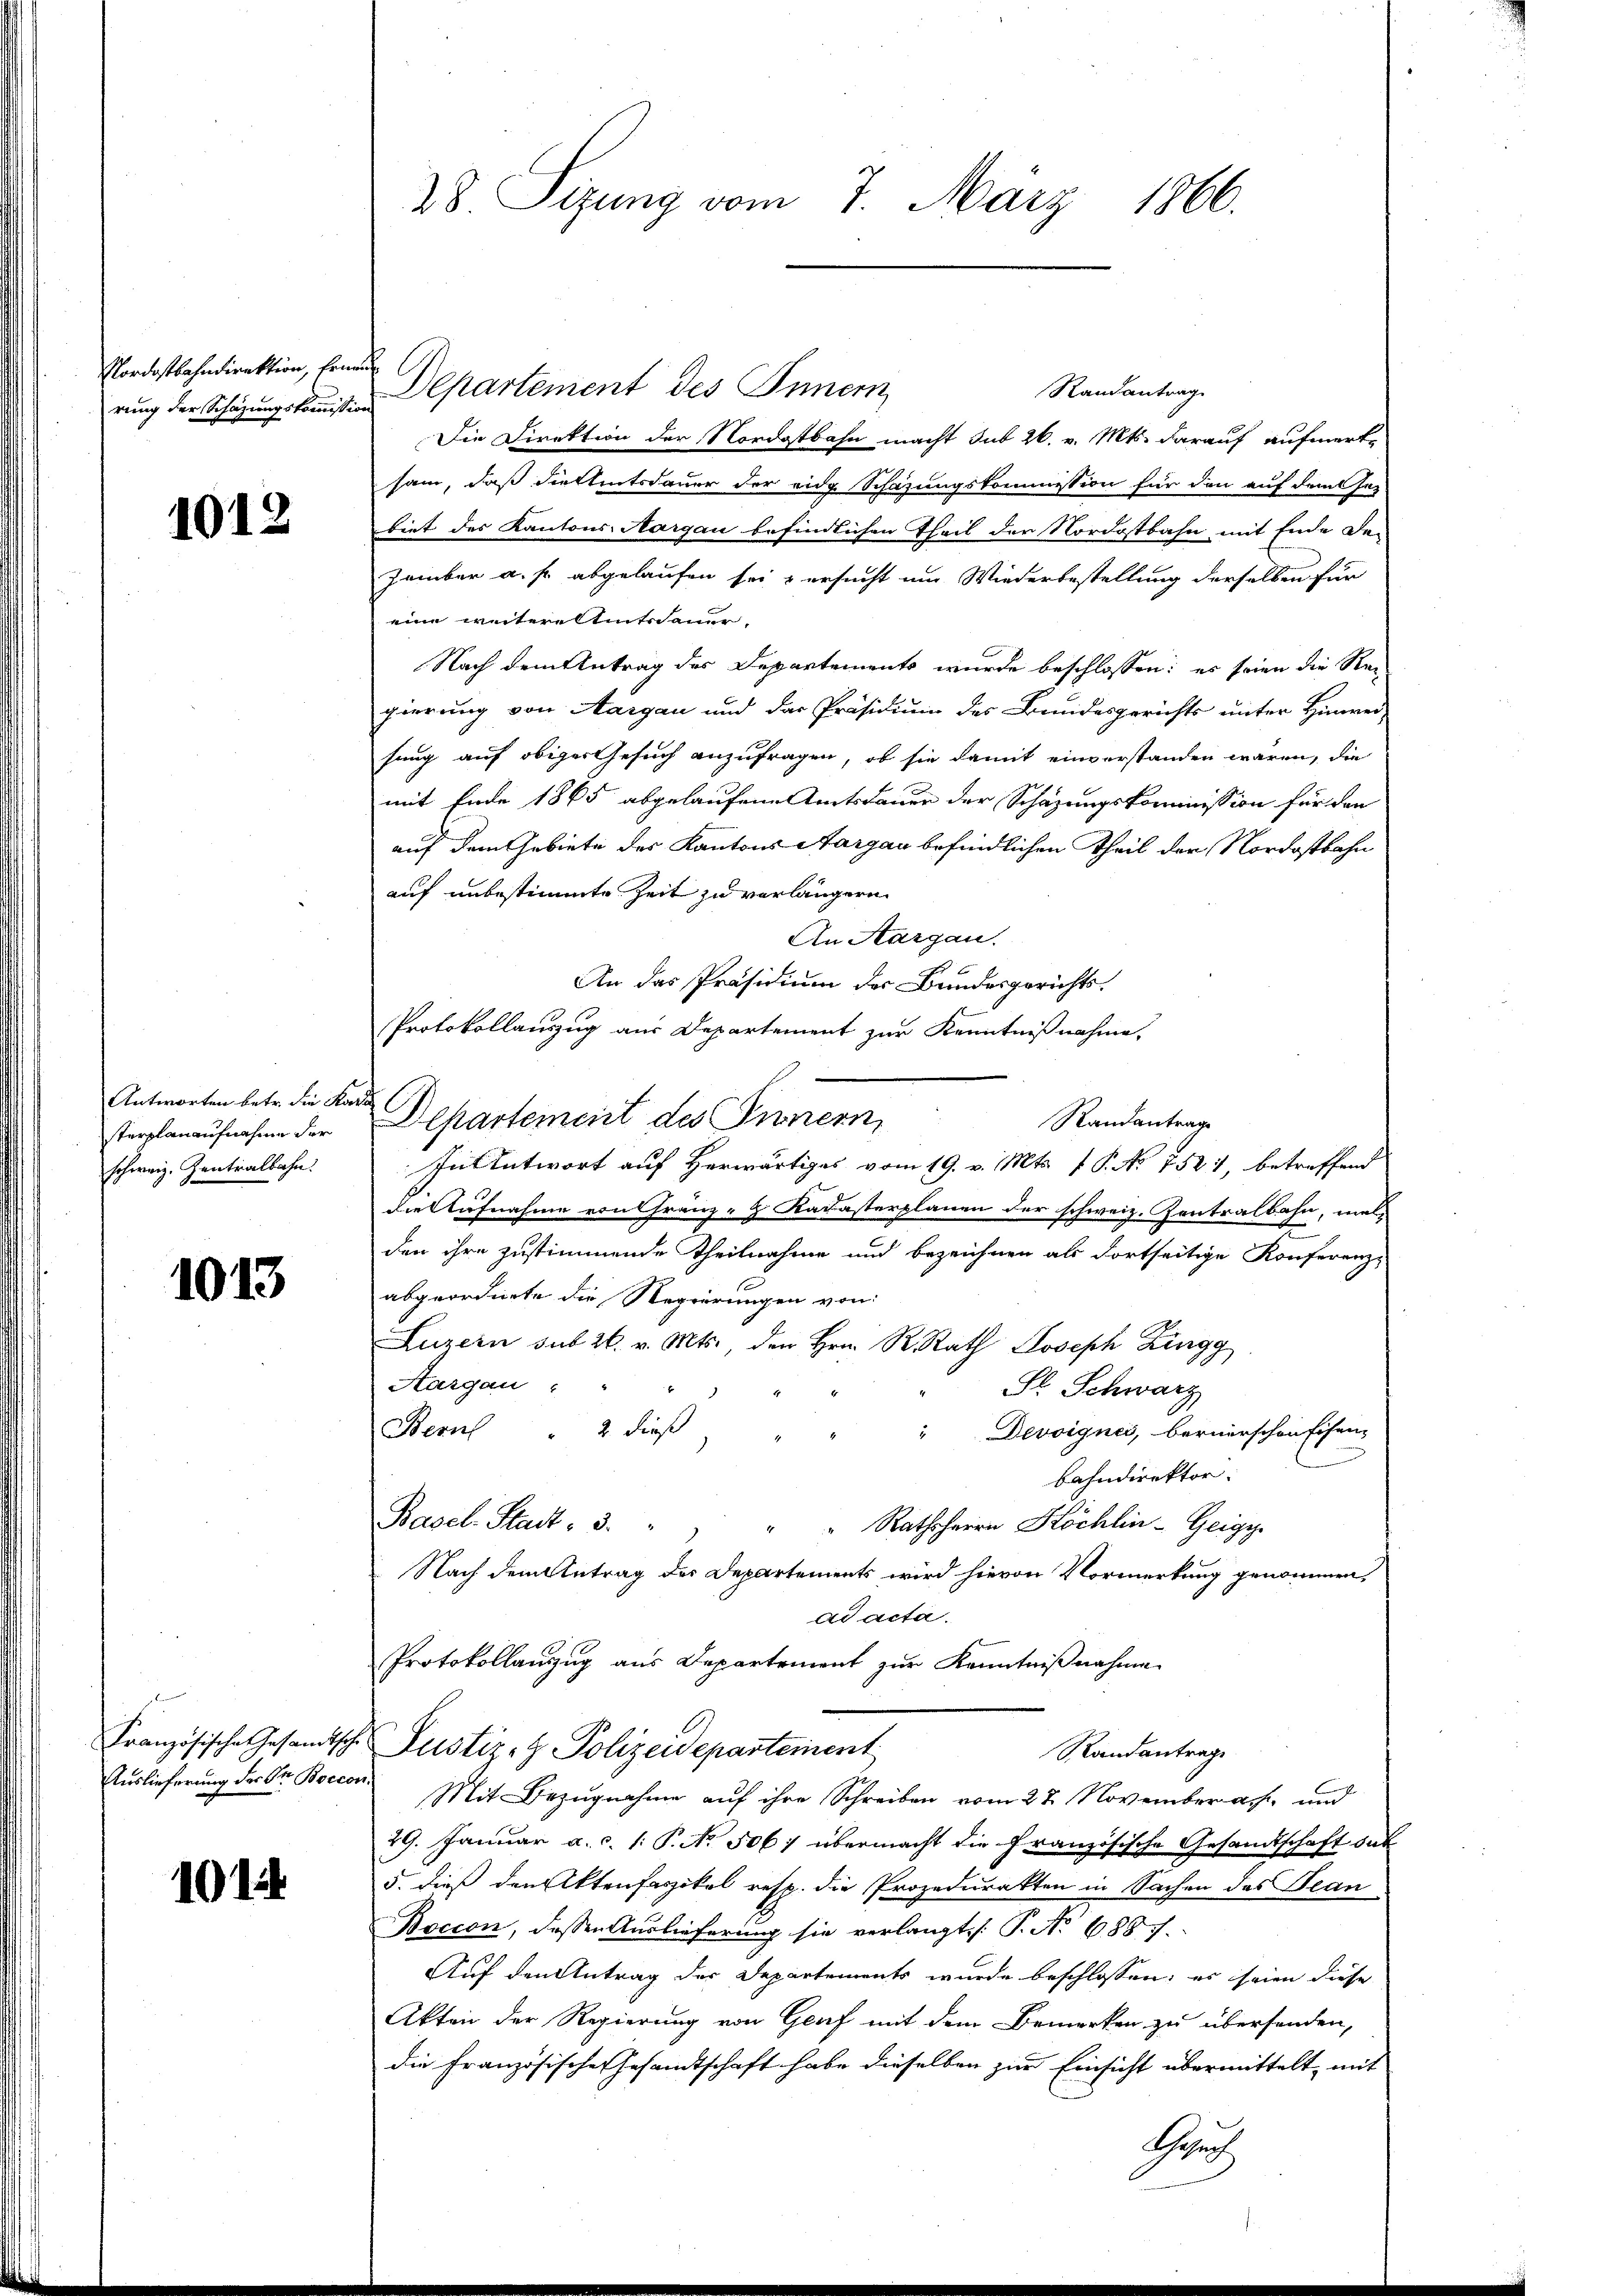
Nordostbahndirektion, Erneu
rung der Schazungskommission

1012

Antworten betr. die Kata
sterplan aufnahme der
schweiz. Zentralbahn.

1013

Französische Gesandtsche
Auslieferung der Str. Boecon

101

28 Sizung vom 7. März 1866.

Departement des Innern
Randantrag
Die Direktion der Nordostbahn macht Inb 26. v. Mts. darauf aufmerksam, daß Fieltentsdauer der eidg Schazungskommission für den auf dem In-
biet des Kantons-Margau befindlichen Theil der Nordostbahn mit Ende De-
zember a. f. abgelaufen sei & ersucht um Wiederbestellung derselben für
eine weitere Eitsdauer
Nach dem Antrag der Departements wurde beschlossen: es seien die Rec
gierung von Aargau und das Präsidium des Bundesgerichts unter Hinwei-
hung auf obiger Gesuch anzufragen, ob sie damit einverstanden wären, die
mit Ende 1865 abgelaufene Amtsdauer der Schazungskommission für den
auf dem Gebiete des Kantons Aargau befindlichen Theil der Nordostbahn
auf unbestimmte Zeit zu verlängern
An Aargau.
An das Präsidium der Bundesgerichts¬
Protokollauszug aus Departement zur Kenntnißnahme,
Departement des Innern,
In Antwort auf Herwärtiges vom 19. v. Mts. v. P. No 7521 betreffend
die Aufnahme von Franz-H Kadasterplanen der schweiz. Zentralbahn, mel¬
2
den ihre zustimmende Theilnahme und bezeichnen als dortseitige Konferenz-
abgeordnete die Regierungen von
Luzern sub 26. v. Mts., den Hrn. R. Rath Joseph Zingg
Aargau
l. Schwarz
Bern " 2 dieβ "
" Devoignes, bernerschen Eisen-
bahndirektor:
Basel-Stadt - 3. " " " " Rathsherrn Köchlin-Geige
Nach dem Antrag des Departements wird hievon Vormerkung genommen,
ad acta.
Protokollanzug aus Departement zur Kenntnißnahme
Justiz- & Polizeidepartement
Randantrage
Mit Bezugnahme auf ihre Schreiben vom 27. November ach und
29. Januar a. c. 1: P. No. 506. übermacht die Französische Gesandtschaft dur
5. dieß den Aktenfaszikel resp. die Prozedurakten in Sachen des Bean
Boccon, dessen Auslieferung sie verlangt P. No 6887.
Auf den Antrag der Departements wurde beschlossen; es seien diese
Akten der Regierung von Genf mit dem Bemerken zu übersenden,
die Französische Gesandtschaft habe dieselben zur Einsicht übermittelt, mit
Hhruf

Randantrag